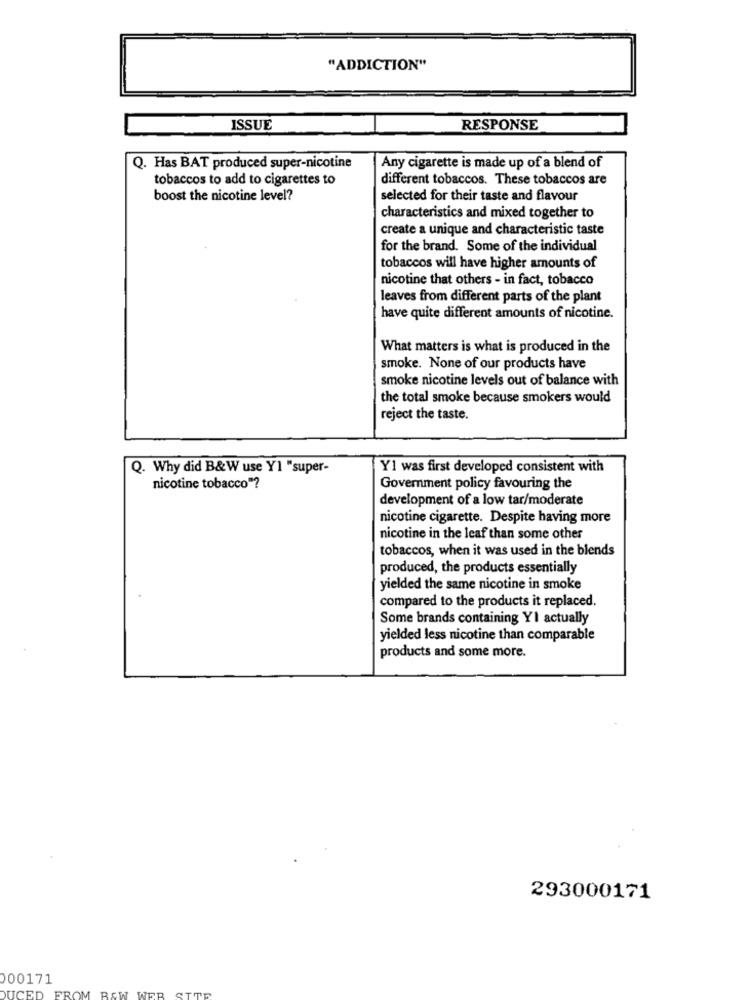
"ADDICTION"
ISSUE
RESPONSE
Q. Has BAT produced super-nicotine
Any cigarette is made up of a blend of
tobaccos to add to cigarettes to
different tobaccos. These tobaccos are
boost the nicotine level?
selected for their taste and flavour
characteristics and mixed together to
create a unique and characteristic taste
for the brand. Some of the individual
tobaccos will have higher amounts of
nicotine that others - in fact, tobacco
leaves from different parts of the plant
have quite different amounts of nicotine.
What matters is what is produced in the
smoke. None of our products have
smoke nicotine levels out of balance with
the total smoke because smokers would
reject the taste.
Q. Why did B&W use Y1 "super-
Y1 was first developed consistent with
nicotine tobacco"?
Government policy favouring the
development of a low tar/moderate
nicotine cigarette. Despite having more
nicotine in the leaf than some other
tobaccos, when it was used in the blends
produced, the products essentially
yielded the same nicotine in smoke
compared to the products it replaced.
Some brands containing YI actually
yielded less nicotine than comparable
products and some more.
293000171
000171
STTR
DUCED
FROM BS